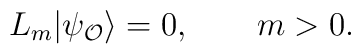
L_m | \psi_{\cal O} \rangle = 0, \qquad m > 0.